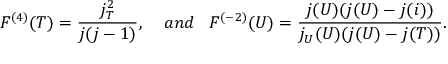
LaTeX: F ^ { ( 4 ) } ( T ) = \frac { j _ { T } ^ { 2 } } { j ( j - 1 ) } , \; \; \; \; a n d \; \; \; F ^ { ( - 2 ) } ( U ) = \frac { j ( U ) ( j ( U ) - j ( i ) ) } { j _ { U } ( U ) ( j ( U ) - j ( T ) ) } .